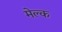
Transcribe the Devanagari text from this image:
मेल्क